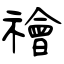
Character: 禬